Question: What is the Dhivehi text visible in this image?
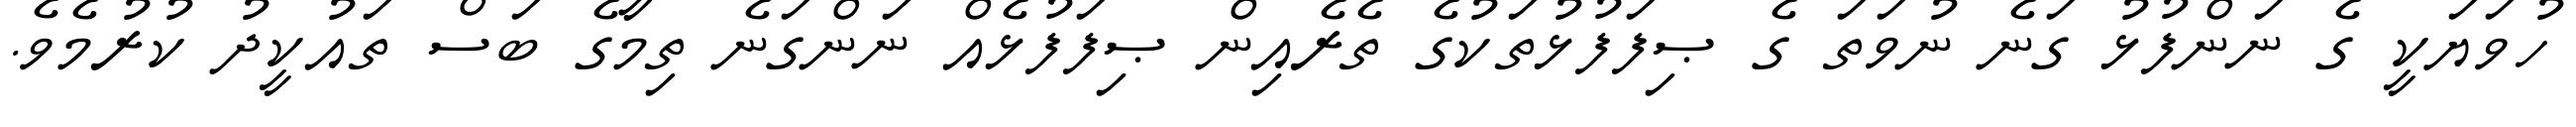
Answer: ހުވަޔަކީ ގެ ނަންފުޅު ގަނެ ނުވަތަ ގެ ޞިފަފުޅުތަކުގެ ތެރެއިން ޞިފަފުޅެއް ނަންގަނެ ތިމާގެ ބަސް ތައުކީދު ކުރުމެވެ.